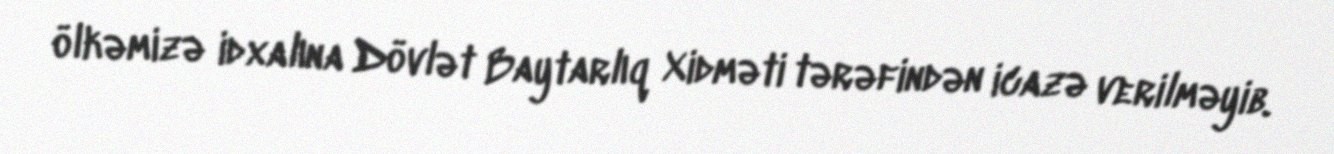
ölkəmizə idxalına Dövlət Baytarlıq Xidməti tərəfindən icazə verilməyib.